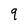
Character: 9